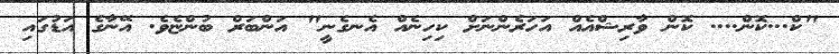
"ކް...ކޮން.... ކޮން ވާރިޝްއެއް އަހަރެންނަށް ކިހިނެއް އެނގެނީ" އަންބަރް ބުންޏެވެ. އޭނާގެ އަޑުގައި